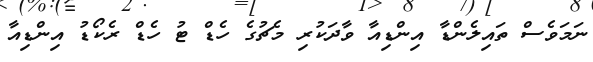
ނަމަވެސް ތައިލެންޑާ އިންޑިއާ ވާދަކުރި މެޗުގެ ހެޑް ޓު ހެޑް ރެކޯޑު އިންޑިއާ